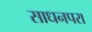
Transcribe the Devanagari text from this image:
साधनपरा